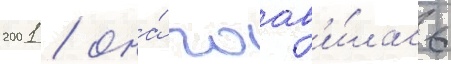
2001 / она́ поав'и́лась